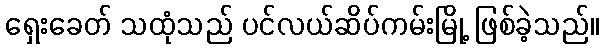
ရှေးခေတ် သထုံသည် ပင်လယ်ဆိပ်ကမ်းမြို့ ဖြစ်ခဲ့သည်။